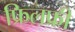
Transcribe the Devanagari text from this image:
फ्रिलफ्री